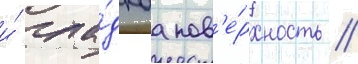
и́ гла́дкаа пов'е́рхность //